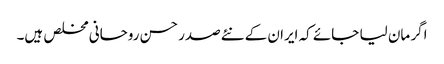
اگر مان لیا جائے کہ ایران کے نئےصدر حسن روحانی مخلص ہیں۔